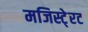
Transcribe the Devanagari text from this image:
मजिस्टे्रट